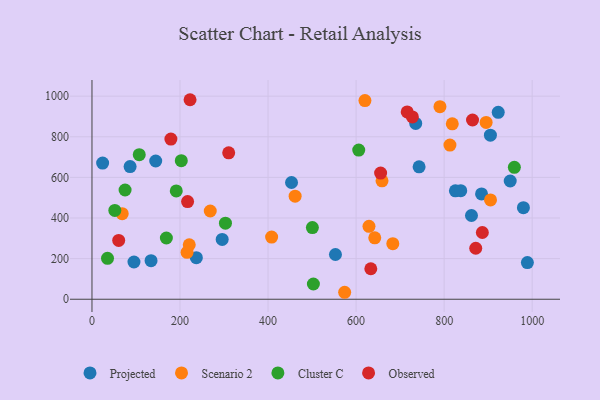
{"axis": {"x": "Ad Spend", "y": "Profit"}, "legend": ["Cluster C", "Observed", "Projected", "Scenario 2"], "data": [{"x": "24.2", "y": 670.6, "type": "Projected"}, {"x": "905.1", "y": 807.7, "type": "Projected"}, {"x": "743.1", "y": 652.0, "type": "Projected"}, {"x": "295.8", "y": 294.5, "type": "Projected"}, {"x": "922.9", "y": 920.3, "type": "Projected"}, {"x": "825.6", "y": 533.6, "type": "Projected"}, {"x": "989.1", "y": 180.3, "type": "Projected"}, {"x": "237.1", "y": 204.6, "type": "Projected"}, {"x": "950.1", "y": 582.2, "type": "Projected"}, {"x": "453.3", "y": 574.9, "type": "Projected"}, {"x": "862.1", "y": 412.4, "type": "Projected"}, {"x": "735.4", "y": 865.7, "type": "Projected"}, {"x": "980.1", "y": 450.8, "type": "Projected"}, {"x": "134.2", "y": 190.1, "type": "Projected"}, {"x": "553.1", "y": 220.4, "type": "Projected"}, {"x": "837.7", "y": 534.4, "type": "Projected"}, {"x": "86.6", "y": 653.4, "type": "Projected"}, {"x": "885.0", "y": 518.8, "type": "Projected"}, {"x": "95.4", "y": 183.3, "type": "Projected"}, {"x": "144.8", "y": 680.7, "type": "Projected"}, {"x": "629.3", "y": 359.1, "type": "Scenario 2"}, {"x": "790.5", "y": 948.4, "type": "Scenario 2"}, {"x": "658.9", "y": 583.3, "type": "Scenario 2"}, {"x": "813.2", "y": 759.1, "type": "Scenario 2"}, {"x": "68.7", "y": 421.1, "type": "Scenario 2"}, {"x": "818.5", "y": 863.7, "type": "Scenario 2"}, {"x": "221.0", "y": 268.3, "type": "Scenario 2"}, {"x": "642.4", "y": 302.2, "type": "Scenario 2"}, {"x": "905.4", "y": 488.8, "type": "Scenario 2"}, {"x": "574.0", "y": 34.3, "type": "Scenario 2"}, {"x": "683.4", "y": 273.7, "type": "Scenario 2"}, {"x": "216.0", "y": 230.9, "type": "Scenario 2"}, {"x": "895.4", "y": 870.4, "type": "Scenario 2"}, {"x": "461.5", "y": 507.4, "type": "Scenario 2"}, {"x": "620.1", "y": 978.1, "type": "Scenario 2"}, {"x": "268.7", "y": 434.6, "type": "Scenario 2"}, {"x": "408.1", "y": 305.9, "type": "Scenario 2"}, {"x": "75.2", "y": 537.8, "type": "Cluster C"}, {"x": "107.4", "y": 711.7, "type": "Cluster C"}, {"x": "503.0", "y": 75.0, "type": "Cluster C"}, {"x": "51.9", "y": 437.3, "type": "Cluster C"}, {"x": "500.7", "y": 352.9, "type": "Cluster C"}, {"x": "169.0", "y": 301.6, "type": "Cluster C"}, {"x": "35.3", "y": 201.4, "type": "Cluster C"}, {"x": "202.9", "y": 682.1, "type": "Cluster C"}, {"x": "191.5", "y": 533.4, "type": "Cluster C"}, {"x": "303.2", "y": 374.6, "type": "Cluster C"}, {"x": "606.0", "y": 734.5, "type": "Cluster C"}, {"x": "959.5", "y": 649.5, "type": "Cluster C"}, {"x": "222.8", "y": 982.4, "type": "Observed"}, {"x": "886.8", "y": 328.7, "type": "Observed"}, {"x": "179.3", "y": 788.5, "type": "Observed"}, {"x": "716.1", "y": 922.2, "type": "Observed"}, {"x": "727.9", "y": 897.6, "type": "Observed"}, {"x": "871.8", "y": 251.1, "type": "Observed"}, {"x": "217.2", "y": 480.7, "type": "Observed"}, {"x": "310.6", "y": 720.7, "type": "Observed"}, {"x": "655.7", "y": 621.0, "type": "Observed"}, {"x": "60.7", "y": 289.4, "type": "Observed"}, {"x": "864.5", "y": 882.6, "type": "Observed"}, {"x": "633.4", "y": 150.1, "type": "Observed"}]}